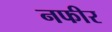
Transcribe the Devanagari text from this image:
नफीर